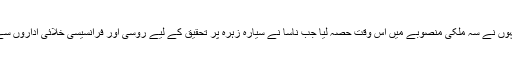
1985 میں انہوں نے سہ ملکی منصوبے میں اُس وقت حصہ لیا جب ناسا نے سیارہ زہرہ پر تحقیق کے لیے روسی اور فرانسیسی خلائی اداروں سے شراکت کی۔